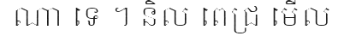
ណា ទេ ។ និល ពេជ្រ មើល